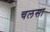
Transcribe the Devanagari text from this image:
चलसा